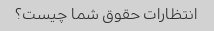
انتظارات حقوق شما چیست؟